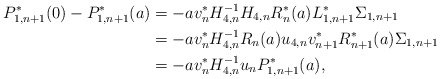
\begin{align*} P_{1,n+1}^*(0) - P_{1,n+1}^*(a) & = -a v_{n}^* H_{4,n}^{-1} H_{4,n} R_{n}^*(a) L_{1, n+1}^* \Sigma_{1, n+1} \\ & = -a v_{n}^* H_{4,n}^{-1} R_n(a)u_{4,n} v_{n+1}^* R_{n+1}^*(a) \Sigma_{1, n+1} \\ & = -a v_{n}^* H_{4,n}^{-1} u_{n} P_{1,n+1}^*(a), \end{align*}